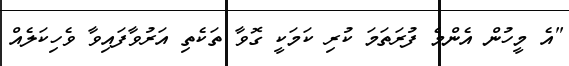
"އެ މީހުން އެންމެ ފުރަތަމަ ކުރި ކަމަކީ ގޮވާ ތަކެތި އަރުވާފައިވާ ވެހިކަލެއް